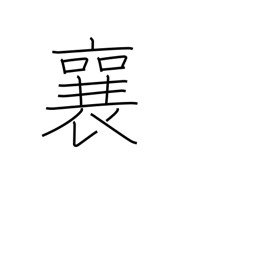
Meaning: rise